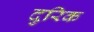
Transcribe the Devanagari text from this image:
दुरिक